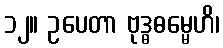
၁၂။ ဥပေတာ ဗုဒ္ဓဓမ္မေဟိ၊